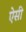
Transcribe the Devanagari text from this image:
एेसी